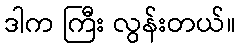
ဒါက ကြီး လွန်းတယ်။